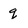
Character: q